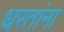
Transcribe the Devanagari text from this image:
धरतांना